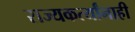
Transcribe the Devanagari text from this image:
राज्यकर्त्यांनाही